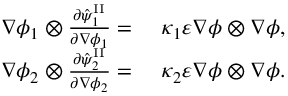
\begin{array} { r l } { \nabla \phi _ { 1 } \otimes \frac { \partial \hat { \psi } _ { 1 } ^ { \mathrm { I I } } } { \partial \nabla \phi _ { 1 } } = } & { ~ \kappa _ { 1 } \varepsilon \nabla \phi \otimes \nabla \phi , } \\ { \nabla \phi _ { 2 } \otimes \frac { \partial \hat { \psi } _ { 2 } ^ { \mathrm { I I } } } { \partial \nabla \phi _ { 2 } } = } & { ~ \kappa _ { 2 } \varepsilon \nabla \phi \otimes \nabla \phi . } \end{array}